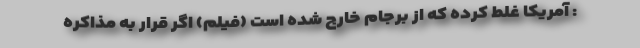
: آمریکا غلط کرده که از برجام خارج شده است (فیلم) اگر قرار به مذاکره